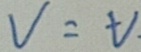
V = t